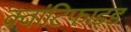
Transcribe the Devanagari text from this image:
क्वांटिफाइड